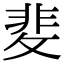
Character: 𭣻